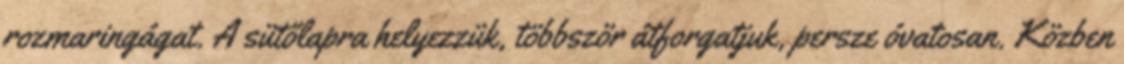
rozmaringágat. A sütőlapra helyezzük, többször átforgatjuk, persze óvatosan. Közben